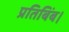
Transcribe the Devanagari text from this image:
प्रतिबिंब।